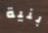
بنية